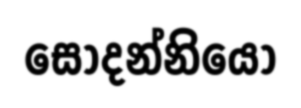
සෝදන්නියෝ